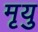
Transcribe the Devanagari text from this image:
मृयु